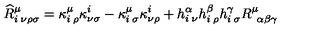
\widehat { R } _ { i \: \nu \rho \sigma } ^ { \mu } = \kappa _ { i \: \rho } ^ { \mu } \kappa _ { \nu \sigma } ^ { i } - \kappa _ { i \: \sigma } ^ { \mu } \kappa _ { \nu \rho } ^ { i } + h _ { i \: \nu } ^ { \alpha } h _ { i \: \rho } ^ { \beta } h _ { i \: \sigma } ^ { \gamma } R _ { \: \: \alpha \beta \gamma } ^ { \mu }